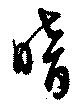
暗